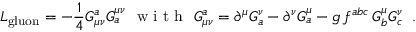
L _ { \mathrm { g l u o n } } = - \frac { 1 } { 4 } G _ { \mu \nu } ^ { a } G _ { a } ^ { \mu \nu } \newline \mathrm { ~ \ w ~ i ~ t ~ h ~ \ } G _ { \mu \nu } ^ { a } = \partial ^ { \mu } G _ { a } ^ { \nu } - \partial ^ { \nu } G _ { a } ^ { \mu } - g \, f ^ { a b c } \, G _ { b } ^ { \mu } G _ { c } ^ { \nu } \; \; .